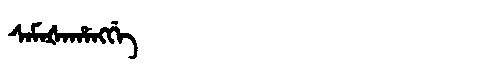
Manchu: ᠰᠠᠮᠠᡧᠠᡥᠠᠩᡤᡝ
Romanization: SAMAŠAHANGGE